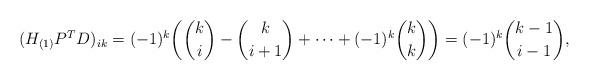
LaTeX: \begin{align*}(H_{(1)}P^TD)_{ik}=(-1)^k\biggl({{k}\choose{i}}-{{k}\choose{i+1}}+\cdots+(-1)^{k}{{k}\choose{k}}\biggr)=(-1)^k{{k-1}\choose{i-1}},\end{align*}